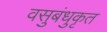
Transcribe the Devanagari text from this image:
वसुबंधुकृत